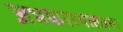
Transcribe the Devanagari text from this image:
अभयारण्यातजसा